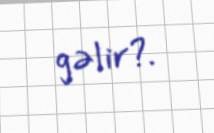
gəlir?.